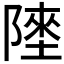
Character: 𱀬